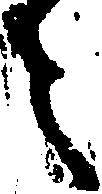
々